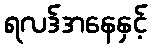
ရလဒ်အနေနှင့်